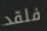
فلقد